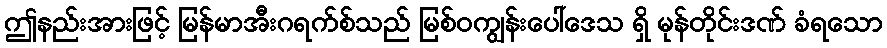
ဤနည်းအားဖြင့် မြန်မာအီးဂရက်စ်သည် မြစ်ဝကျွန်းပေါ်ဒေသ ရှိ မုန်တိုင်းဒဏ် ခံရသော